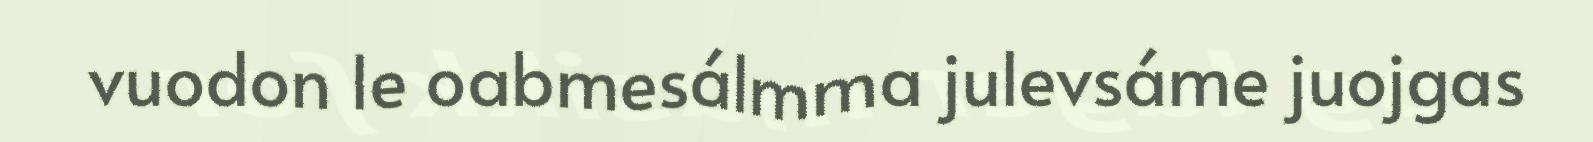
vuodon le oabmesálmma julevsáme juojgas